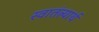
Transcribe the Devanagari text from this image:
स्वातंत्र्यार्थ